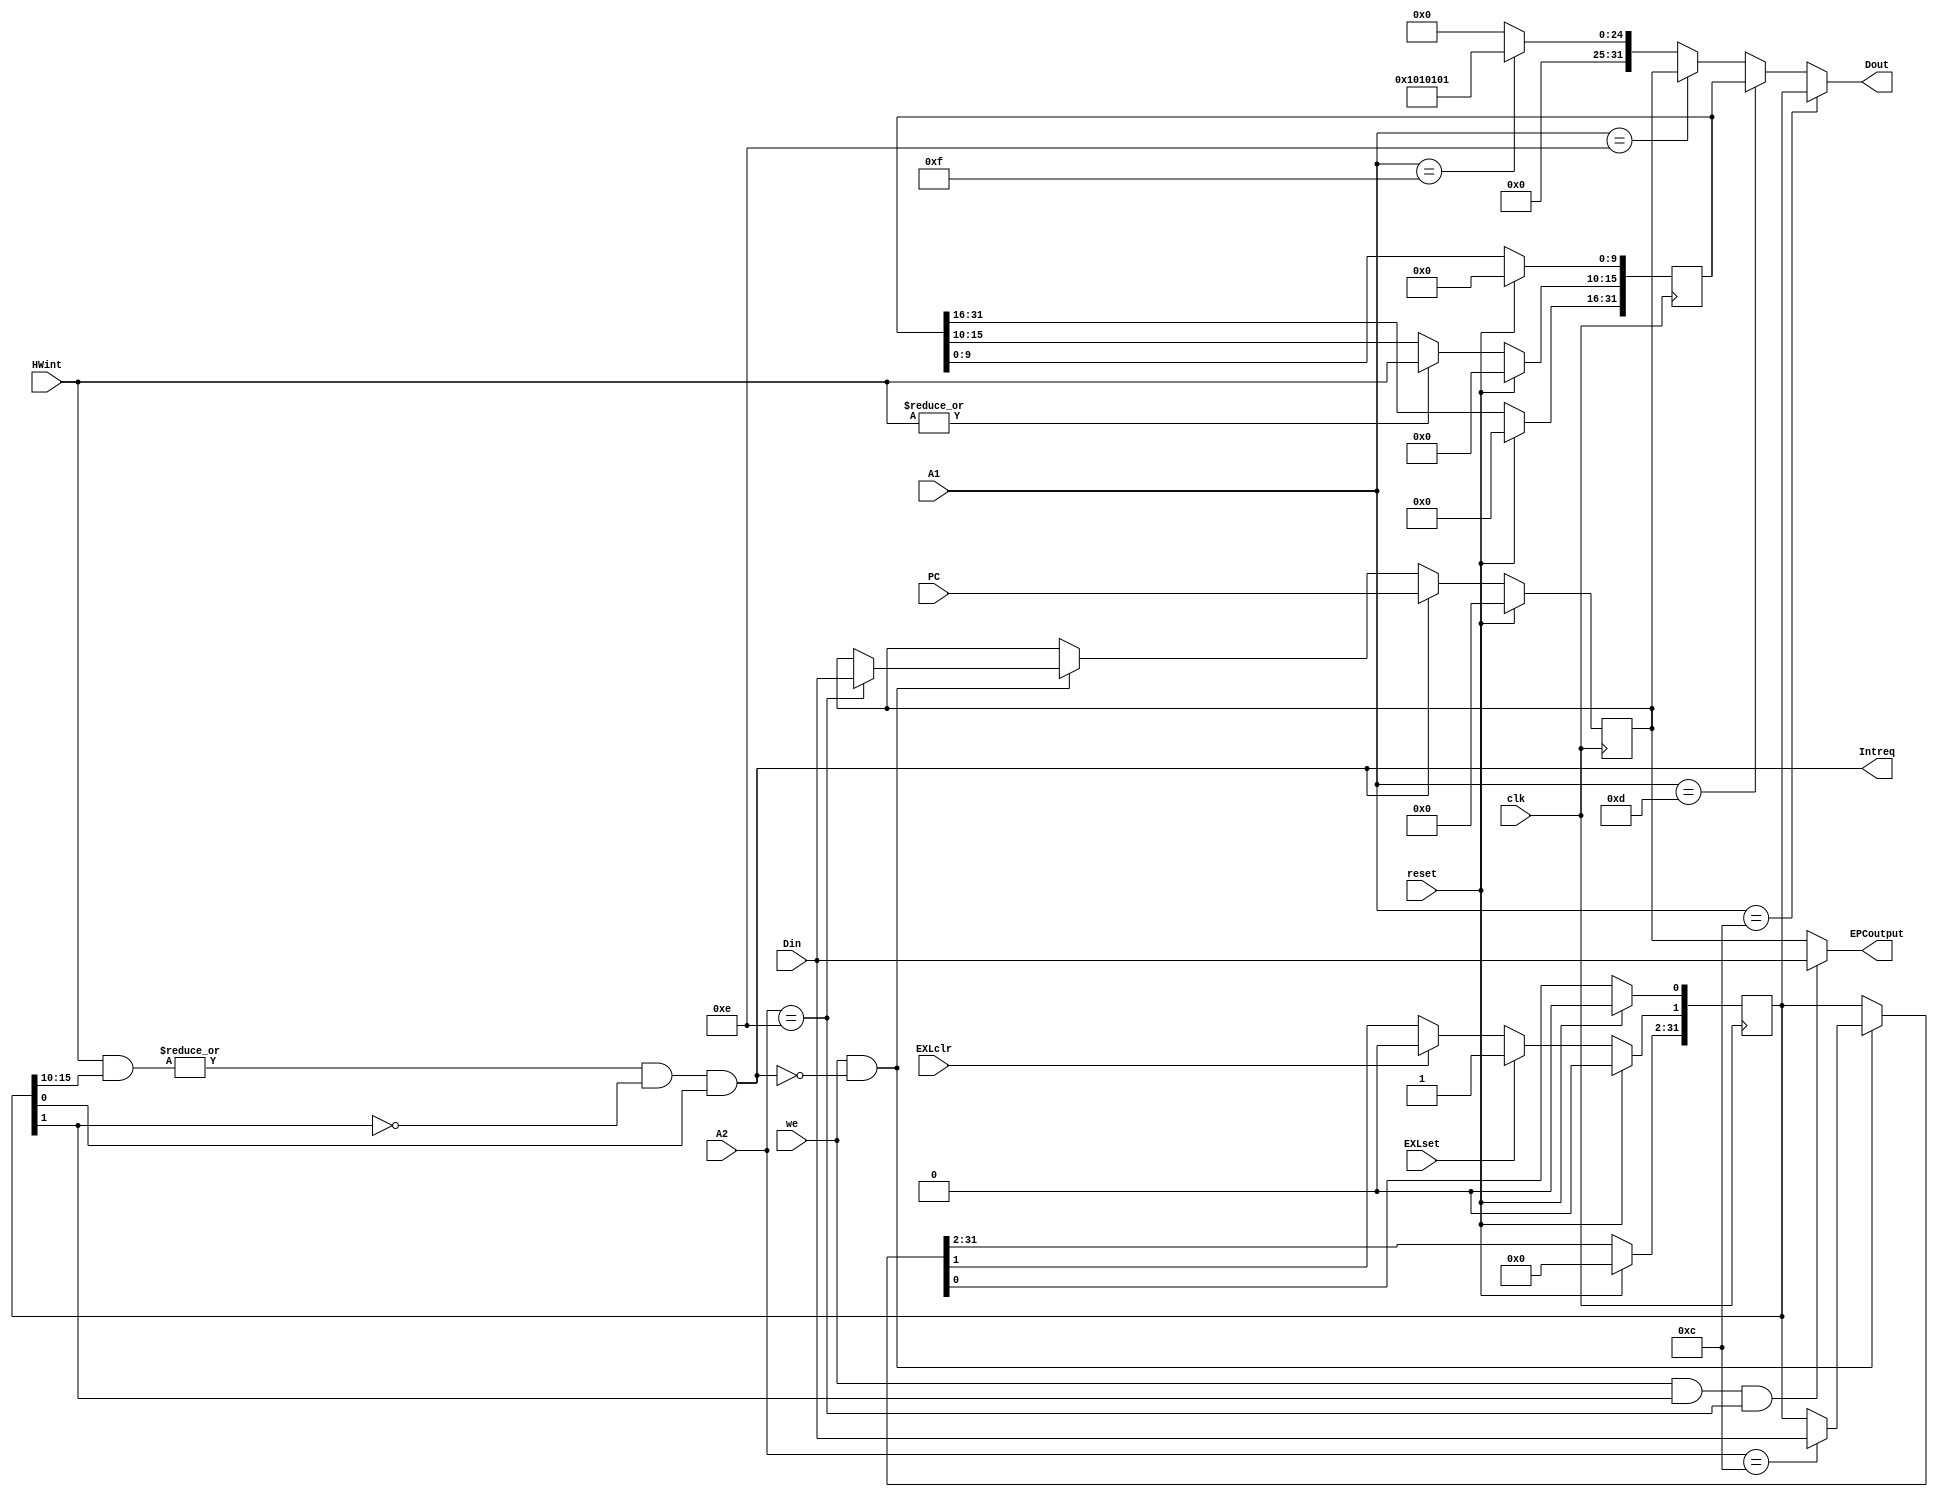
`timescale 1ns / 1ps
//////////////////////////////////////////////////////////////////////////////////
// Company: 
// Engineer: 
// 
// Design Name: 
// Module Name:    CP0 
// Project Name: 
// Target Devices: 
// Tool versions: 
// Description: 
//
// Dependencies: 
//
// Revision: 
// Revision 0.01 - File Created
// Additional Comments: 
//
//////////////////////////////////////////////////////////////////////////////////
module CP0(
	input [4:0] A1,//CP0
	input [4:0] A2,//
	input [31:0] Din, //Cp0
	input [31:0] PC,//PC
	//input [6:2] ExcCode,//
	input [5:0]HWint,//6
	input we,
	input EXLset, //srexl
	input EXLclr,
	input clk,
	input reset,
	output Intreq, // CPU
	output [31:0] EPCoutput, //npc
	output [31:0] Dout// cp0
    );
   
	
	reg [31:0] SR,CAUSE,EPC,PRID;
	
	initial begin
	  SR<= 32'h00000000;
	  CAUSE<= 32'h00000000;
 	  EPC<= 32'h00000000;
	  PRID<= 32'h01010101;

	end
	
	assign Intreq = |(HWint[5:0] & SR [15:10]) & ~SR[1] &  SR[0];
	assign EPCoutput = (we && SR[1] && A2==5'd14)? Din :EPC;
	assign Dout= (A1==5'd12) ? SR :
			       (A1==5'd13) ? CAUSE:
			       (A1==5'd14) ? EPC :
			       (A1==5'd15) ? PRID : 0;
	
	always@(posedge clk)
		begin
			if(|(HWint[5:0]))/******************/
				begin
				CAUSE[15:10]<=HWint[5:0];
				end
			if(reset)
				begin
				SR<= 32'h00000000;
				CAUSE<= 32'h00000000;
				EPC<= 32'h00000000;
				end
			else 
				begin
					if(we & ~Intreq)
						begin
						case(A2)
						5'd12:SR=Din;
				 //   5'd13:CAUSE=Din;
				      5'd14:EPC=Din;
						endcase
						end
					if(EXLset)
							begin SR[1]<= 1'b1; end
					else if(EXLclr)
					      begin SR[1]<= 1'b0; end
					if(Intreq)
						begin
						EPC<= PC;
						end						
				end				
		end

endmodule